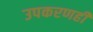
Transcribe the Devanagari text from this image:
उपकरणही